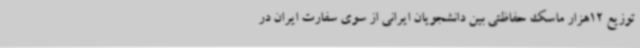
توزیع 12هزار ماسک حفاظتی بین دانشجویان ایرانی از سوی سفارت ایران در